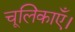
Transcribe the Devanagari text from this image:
चूलिकाएँ।